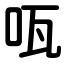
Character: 咓